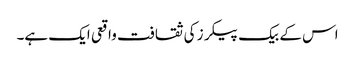
اس کے بیک پیکرز کی ثقافت واقعی ایک ہے۔